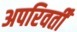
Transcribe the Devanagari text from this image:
अपरिवर्तीं